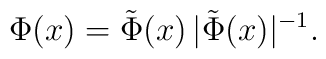
\Phi(x)={\tilde{\Phi}(x)}\,{|\tilde{\Phi}(x)|^{-1}}.